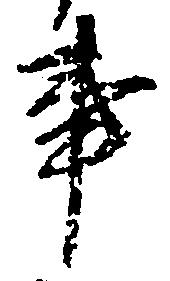
事